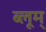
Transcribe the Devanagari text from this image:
ब्लूम्